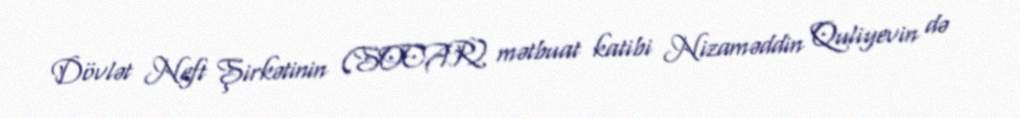
Dövlət Neft Şirkətinin (SOCAR) mətbuat katibi Nizaməddin Quliyevin də